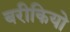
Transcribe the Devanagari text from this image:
बरीकियो